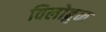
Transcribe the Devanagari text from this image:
विलोब्रुक